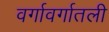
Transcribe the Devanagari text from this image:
वर्गावर्गातली